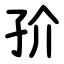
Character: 㜾